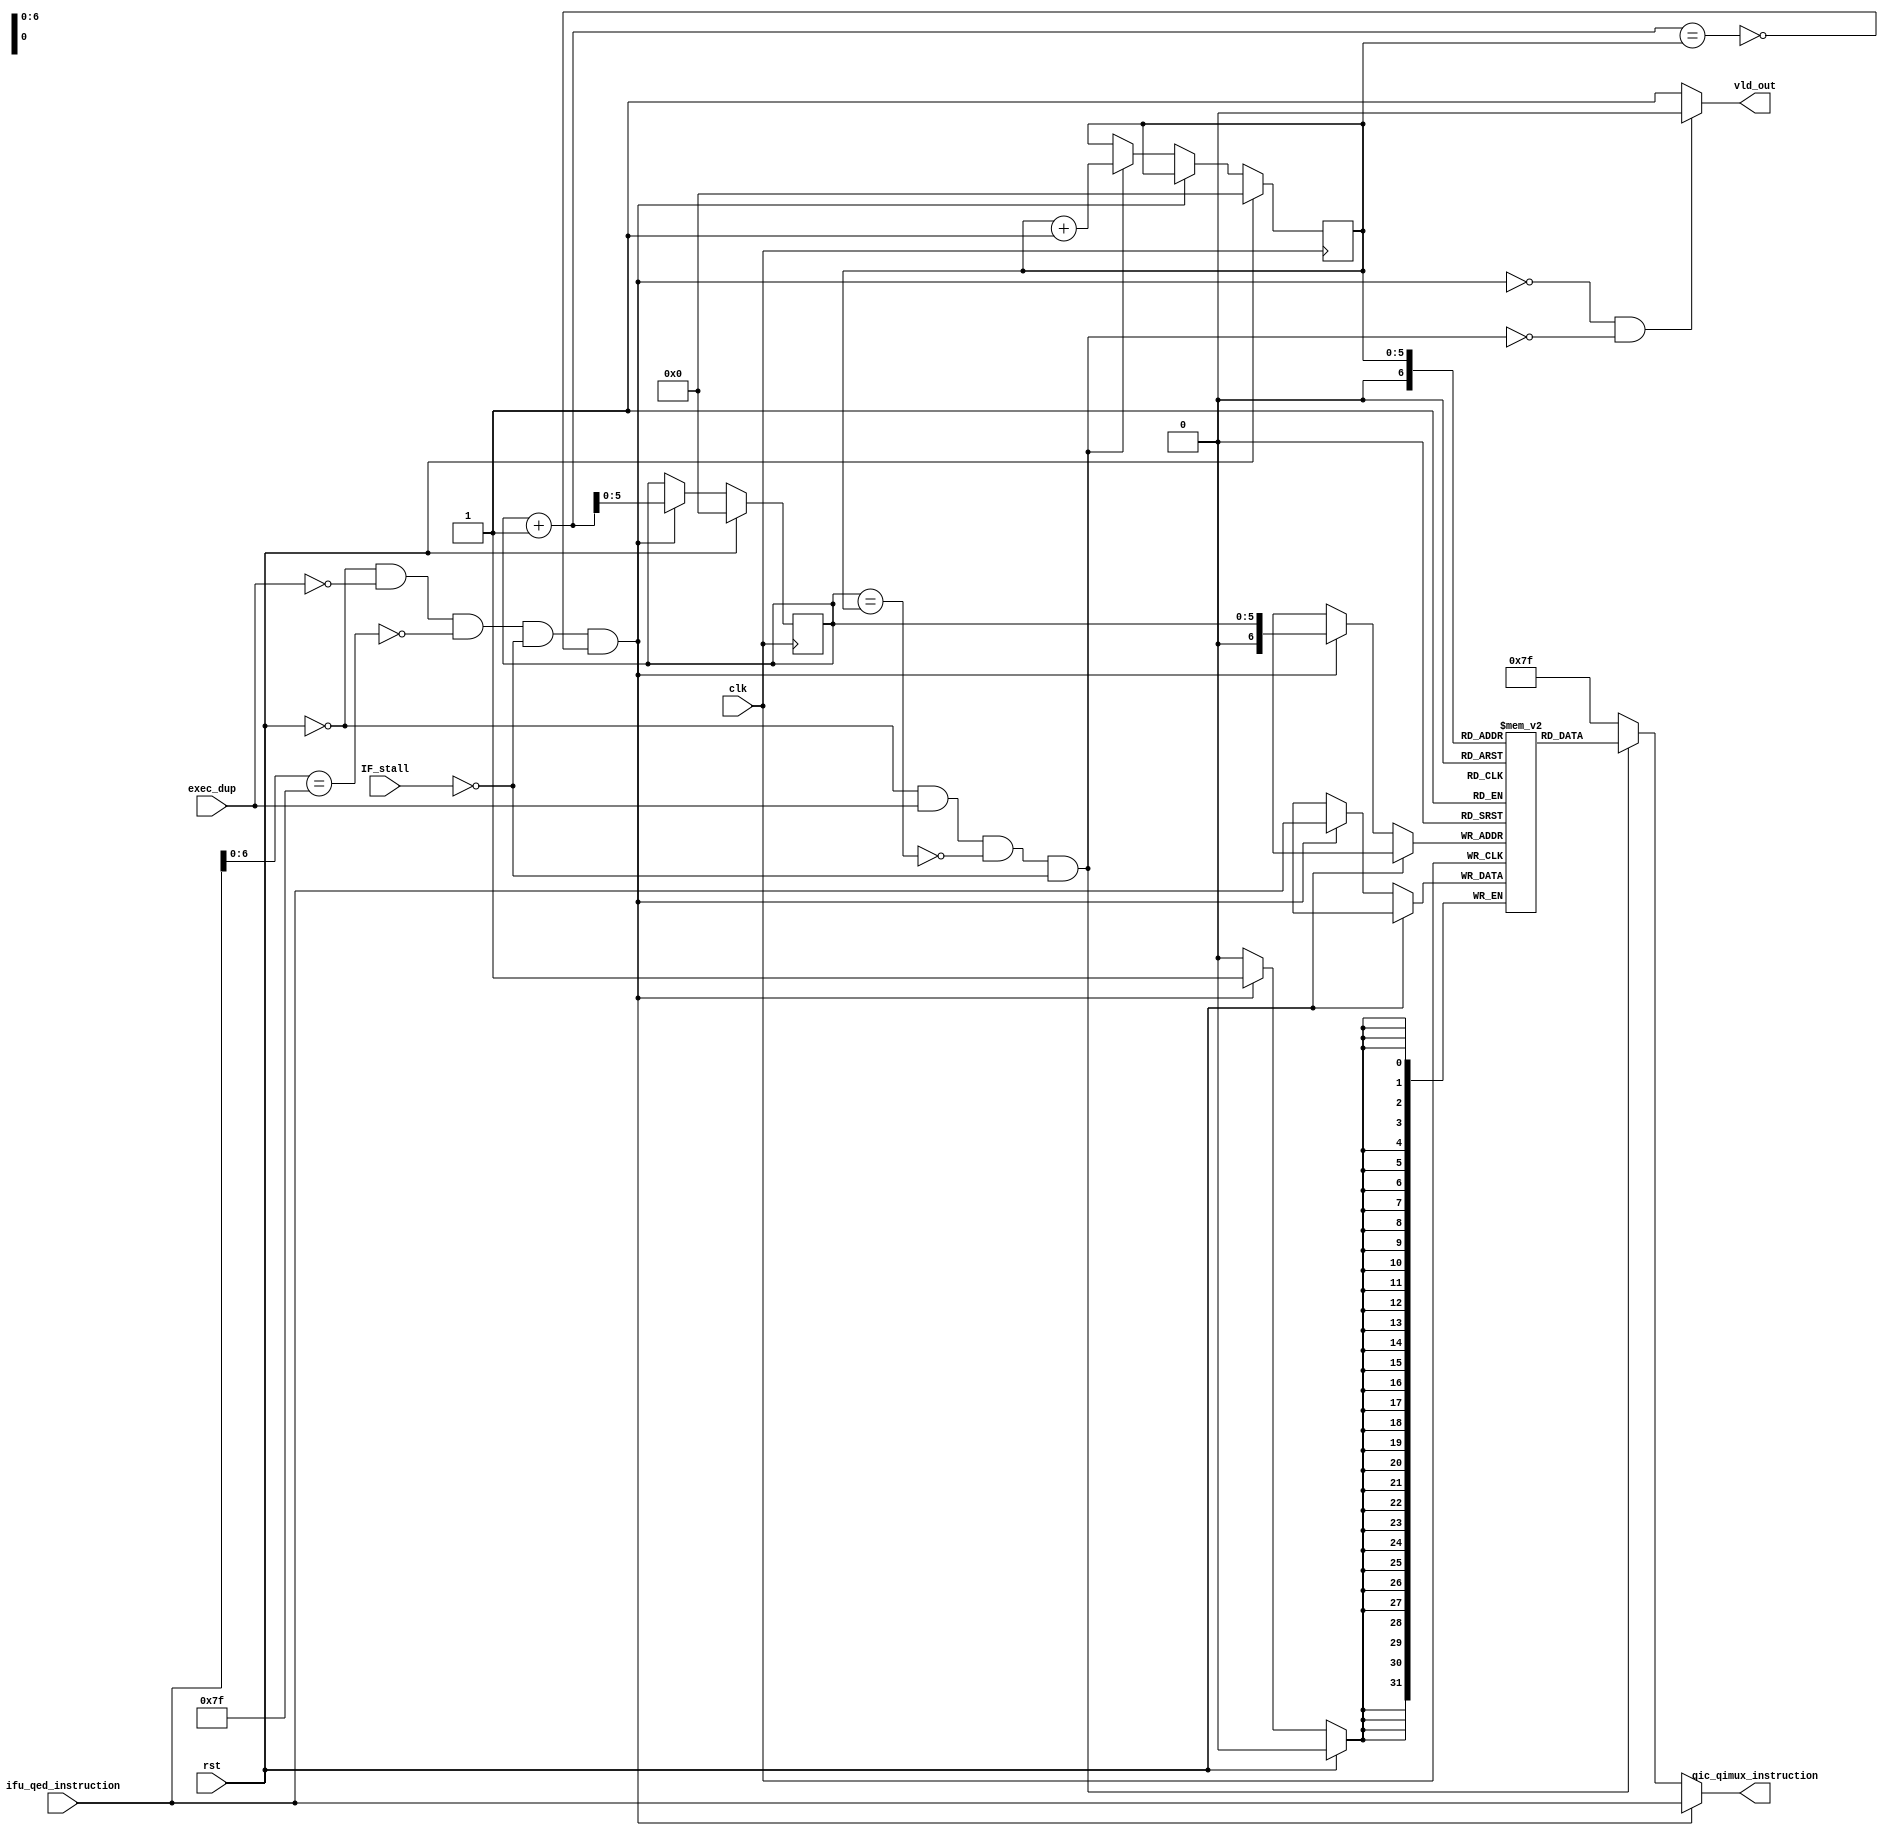
module qed_i_cache (/*AUTOARG*/
   // Outputs
   qic_qimux_instruction,
   vld_out,
   // Inputs
   clk, rst,
   exec_dup, IF_stall,	    
   ifu_qed_instruction
   );

   parameter ICACHESIZE = 128;

   input         clk;
   input         rst;
   
   input 	 exec_dup;
   input 	 IF_stall;
   input [31:0]  ifu_qed_instruction;
   output [31:0] qic_qimux_instruction;
   output 	 vld_out;

   reg [31:0]    i_cache[ICACHESIZE-1:0];
   reg [5:0] 	 address_tail;  // to accomodate 256 ICACHESIZE
   reg [5:0] 	 address_head;
   wire 	 is_empty;
   wire 	 is_full;
   
   wire [31:0]   instruction;
   wire 	 is_nop;
   wire 	 insert_cond ;
   wire 	 delete_cond;

   // i_cache is basically a queue
   assign insert_cond = (~rst)&(~exec_dup)&(~is_nop)&(~IF_stall)&(~is_full);
   assign delete_cond = (~rst)&(exec_dup)&(~is_empty)&(~IF_stall);
   assign is_nop = (ifu_qed_instruction[6:0] == 7'b1111111);
   assign is_empty = (address_tail == address_head);
   assign is_full = ((address_tail + 1) == address_head);
   
   assign vld_out = (~insert_cond)&(~delete_cond) ? 1'b0 : 1'b1 ;

   // address computation
   always @(posedge clk)
     begin
        if (rst) begin
           address_tail <= 6'b0;
	   address_head <= 6'b0;
        end else if (insert_cond) begin
	   i_cache[address_tail] <= ifu_qed_instruction;
           address_tail <= address_tail + 1;
        end else if (delete_cond) begin
	   address_head <= address_head + 1;
	end
     end 

   assign instruction = i_cache[address_head];
   assign qic_qimux_instruction = insert_cond ? ifu_qed_instruction : (delete_cond ? instruction : 32'b1111111);  
   
endmodule